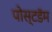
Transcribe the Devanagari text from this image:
पोस्टडॅम